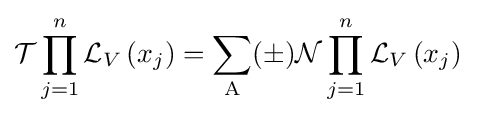
{\mathcal {T}}\prod _{j=1}^{n}{\mathcal {L}}_{V}\left(x_{j}\right)=\sum _{\text{A}}(\pm ){\mathcal {N}}\prod _{j=1}^{n}{\mathcal {L}}_{V}\left(x_{j}\right)\;